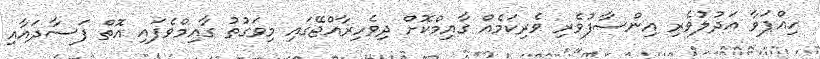
ހިއްޕަވާ އަދުލުވެރި އިންސާފުވެރި ވެރިކަމެއް ގާއިމްކޮށް ދިވެހިރާއްޖޭގައި މިވަގުތު ގާއިމްވެފައި އޮތް ފަސާދައާއި